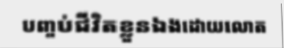
បញ្ចប់ជីវិតខ្លួនឯងដោយលោត